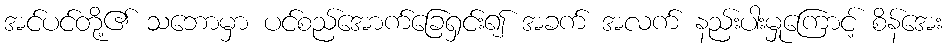
အင်ပင်တို့၏ သဘောမှာ ပင်စည်အောက်ခြေရှင်း၍ အခက် အလက် နည်းပါးမှုကြောင့် စိန်အေး